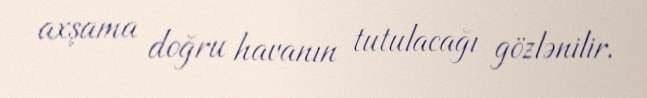
axşama doğru havanın tutulacağı gözlənilir.